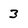
Character: 3